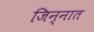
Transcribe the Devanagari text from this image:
जिन्‍नात